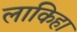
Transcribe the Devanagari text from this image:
लाकिहा